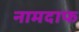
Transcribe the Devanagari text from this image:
नामदाफ